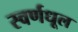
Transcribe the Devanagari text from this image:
स्वर्णधूल